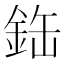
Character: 𫒘